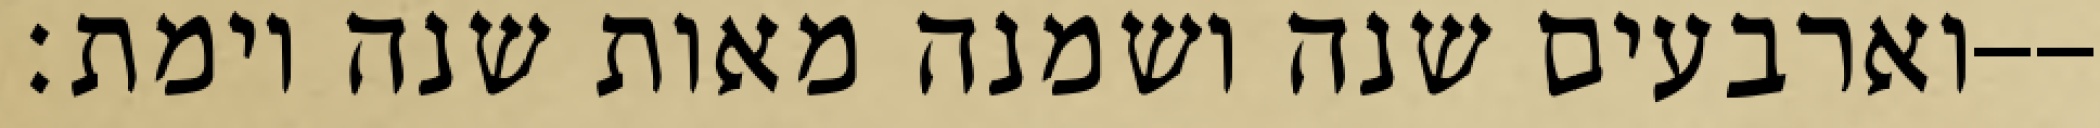
וארבעים שנה ושמנה מאות שנה וימת׃--